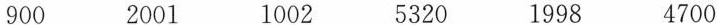
900 2001 1002 5320 1998 4700